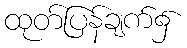
ထုတ်ပြန်ချက်၌